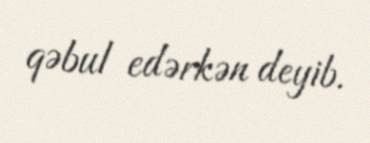
qəbul edərkən deyib.